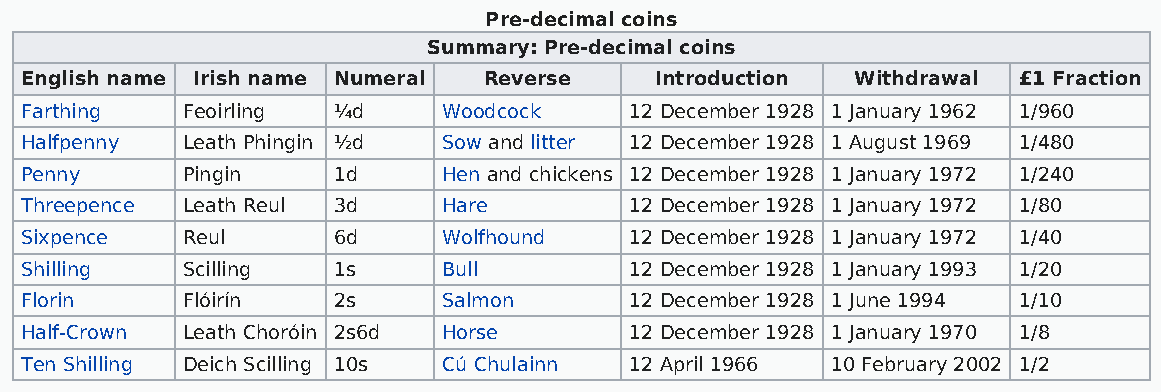
Pre-decimal coins
 Summary: Pre-decimal coins
 English name Irish name Numeral Reverse   Introduction  Withdrawal £1 Fraction
 Farthing   Feoirling ¼d     Woodcock     12 December 1928 1 January 1962 1/960
 Halfpenny  Leath Phingin ½d Sow and litter 12 December 1928 1 August 1969 1/480
 Penny      Pingin    1d     Hen and chickens 12 December 1928 1 January 1972 1/240
 Threepence Leath Reul 3d    Hare         12 December 1928 1 January 1972 1/80
 Sixpence   Reul      6d     Wolfhound    12 December 1928 1 January 1972 1/40
 Shilling   Scilling  1s     Bull         12 December 1928 1 January 1993 1/20
 Florin     Flóirín   2s     Salmon       12 December 1928 1 June 1994 1/10
 Half-Crown Leath Choróin 2s6d Horse      12 December 1928 1 January 1970 1/8
 Ten Shilling Deich Scilling 10s Cú Chulainn 12 April 1966 10 February 2002 1/2